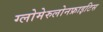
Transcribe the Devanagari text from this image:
ग्लोमेरुलोनफ्राइटिस